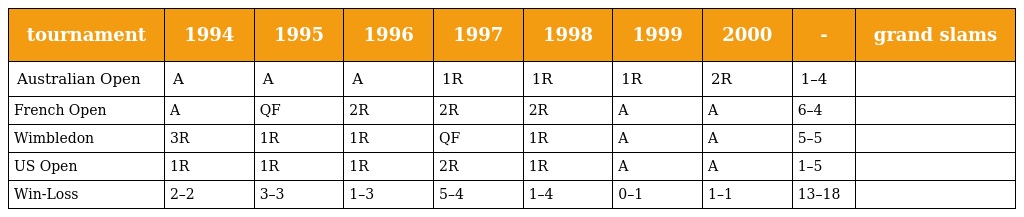
| tournament | 1994 | 1995 | 1996 | 1997 | 1998 | 1999 | 2000 | - | grand slams |
 | --- | --- | --- | --- | --- | --- | --- | --- | --- | --- |
 | Australian Open | A | A | A | 1R | 1R | 1R | 2R | 1–4 |  |
 | French Open | A | QF | 2R | 2R | 2R | A | A | 6–4 |  |
 | Wimbledon | 3R | 1R | 1R | QF | 1R | A | A | 5–5 |  |
 | US Open | 1R | 1R | 1R | 2R | 1R | A | A | 1–5 |  |
 | Win-Loss | 2–2 | 3–3 | 1–3 | 5–4 | 1–4 | 0–1 | 1–1 | 13–18 |  |